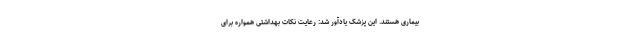
بیماری هستند. این پزشک یادآور شد: رعایت نکات بهداشتی همواره برای